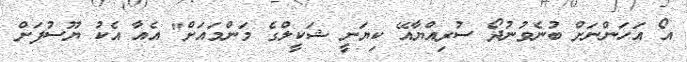
އޯ އަހަންނަށް ބުނެވުނުދޯ ސުރިއްޔާއޭ ކިޔަނީ ޝަކީލްގެ މަންމައަށް" އެއާ އެކު ޔޫސުފަށް